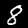
Digit: 8